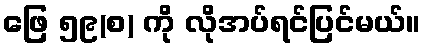
ဖြေ ၅၉(စ) ကို လိုအပ်ရင်ပြင်မယ်။